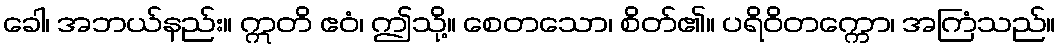
ခေါ၊ အဘယ်နည်း။ ဣတိ ဧဝံ၊ ဤသို့။ စေတသော၊ စိတ်၏။ ပရိဝိတက္ကော၊ အကြံသည်။